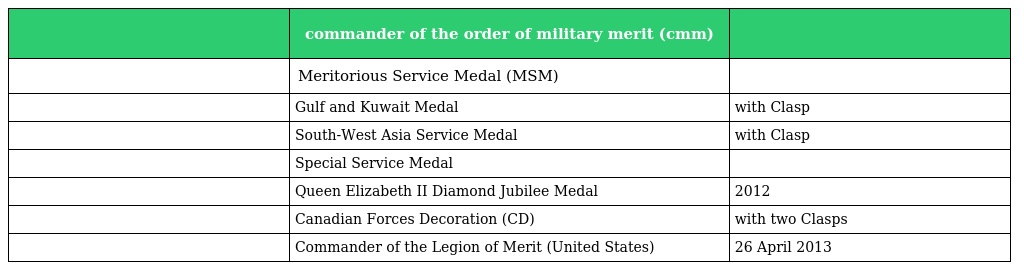
|  | commander of the order of military merit (cmm) |  |
 | --- | --- | --- |
 |  | Meritorious Service Medal (MSM) |  |
 |  | Gulf and Kuwait Medal | with Clasp |
 |  | South-West Asia Service Medal | with Clasp |
 |  | Special Service Medal |  |
 |  | Queen Elizabeth II Diamond Jubilee Medal | 2012 |
 |  | Canadian Forces Decoration (CD) | with two Clasps |
 |  | Commander of the Legion of Merit (United States) | 26 April 2013 |